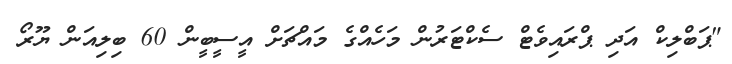
"ޕަބްލިކް އަދި ޕްރައިވެޓް ސެކްޓަރުން މަހެއްގެ މައްޗަށް އީސީބީން 60 ބިލިއަން ޔޫރޯ